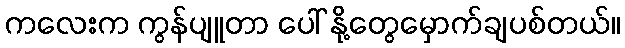
ကလေးက ကွန်ပျူတာ ပေါ် နို့တွေမှောက်ချပစ်တယ်။